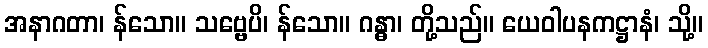
အနာဂတာ၊ န်သော။ သဗ္ဗေပိ၊ န်သော။ ဂန္ဓာ၊ တို့သည်။ ယေဝါပနကဋ္ဌာနံ၊ သို့။